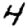
Digit: 4